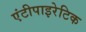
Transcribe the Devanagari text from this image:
एंटीपाइरेटिक